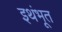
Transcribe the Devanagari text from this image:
इथंभूत